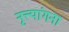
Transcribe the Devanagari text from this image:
नृत्त्यांगना